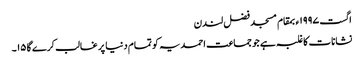
اگست ١٩٩٧ء بمقام مسجد فضل لندن
نشانات کا غلبہ ہے جو جماعت احمدیہ کو تمام دنیا پر غالب کرے گا ١٥۔